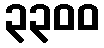
၃၃၀၀